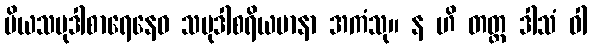
ပိယသမုဒါစာရေနေဝ သမုဒါစရိယမာနာ အကံသု။ န ဟိ တတ္ထ ဒါသံ ဝါ